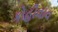
કોહીવાવ